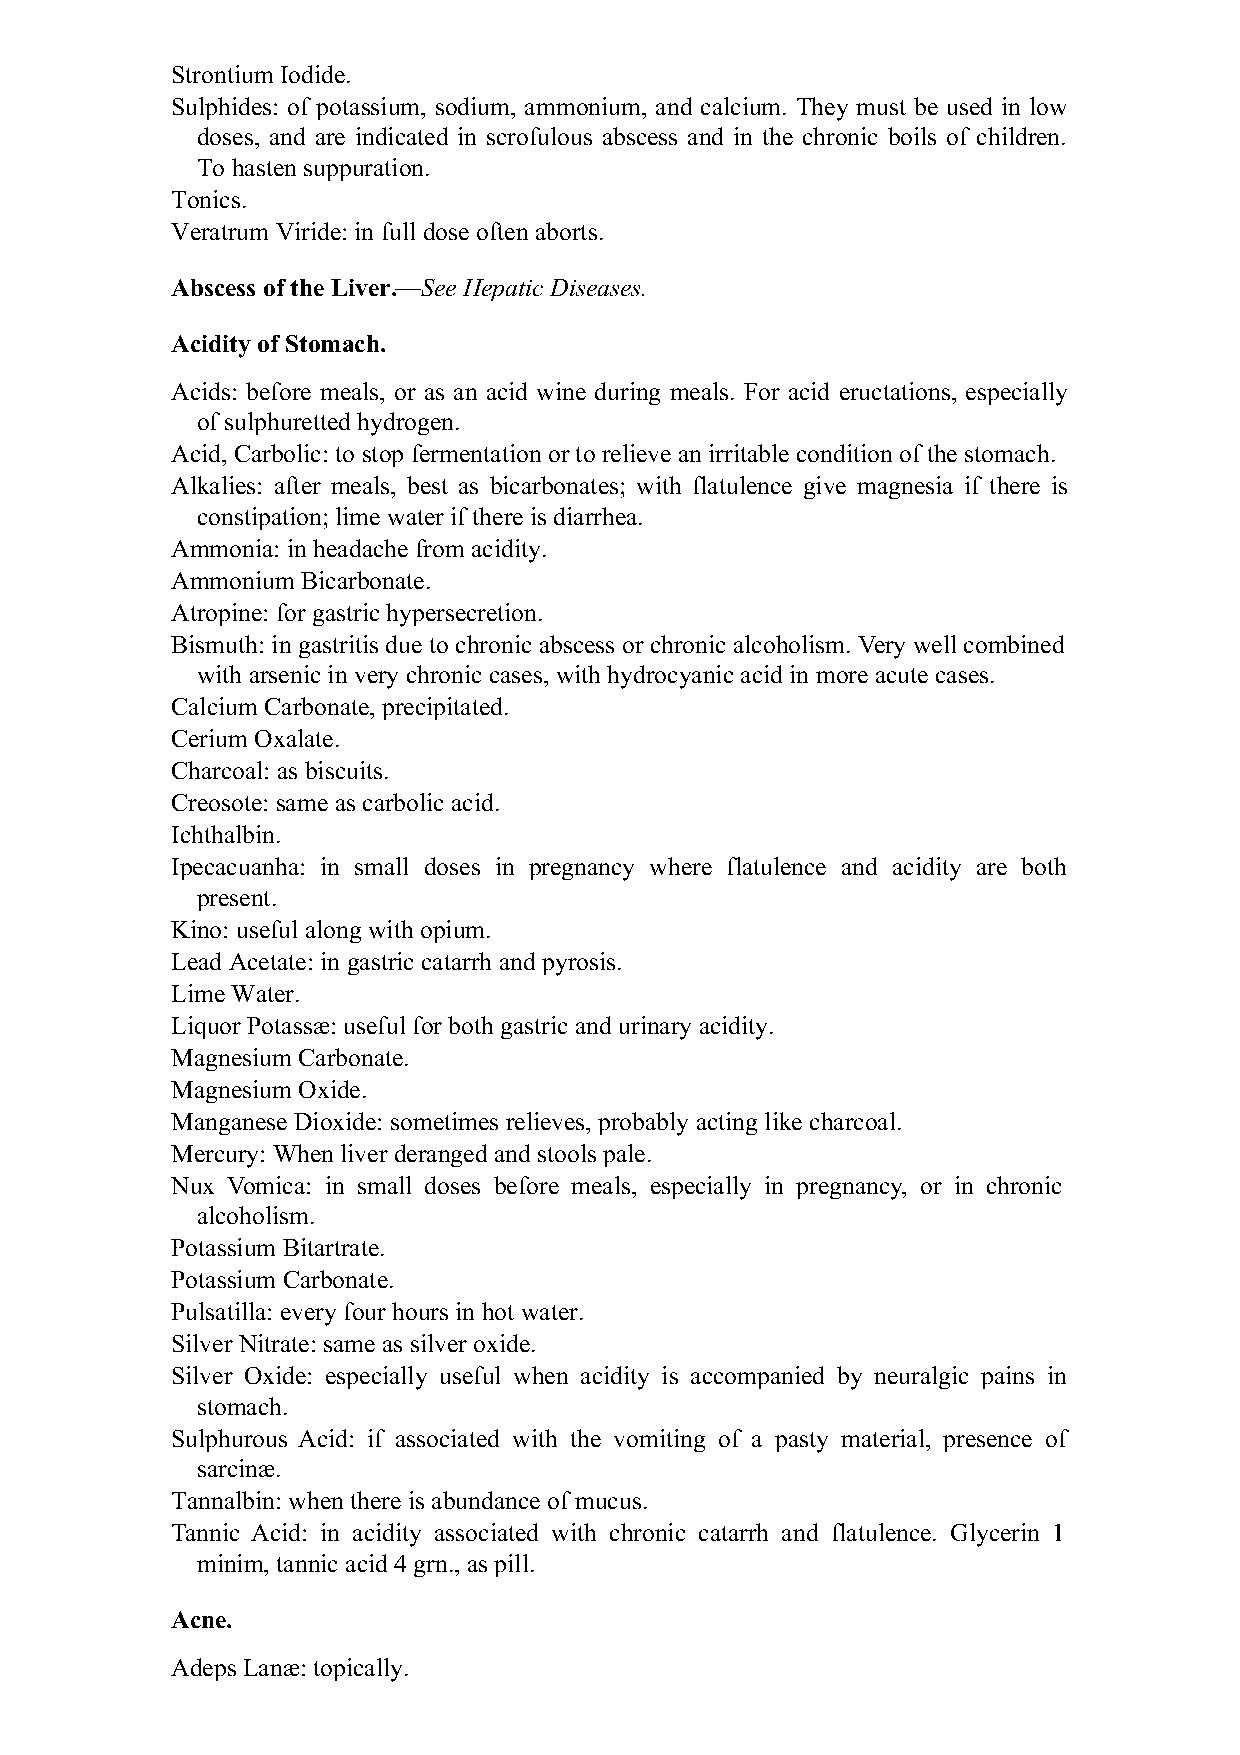
Strontium Iodide.
 Sulphides: of potassium, sodium, ammonium, and calcium. They must be used in low
 doses, and are indicated in scrofulous abscess and in the chronic boils of children.
 To hasten suppuration.
 Tonics.
 Veratrum Viride: in full dose often aborts.
 Abscess of the Liver.—See Hepatic Diseases.
 Acidity of Stomach.
 Acids: before meals, or as an acid wine during meals. For acid eructations, especially
 of sulphuretted hydrogen.
 Acid, Carbolic: to stop fermentation or to relieve an irritable condition of the stomach.
 Alkalies: after meals, best as bicarbonates; with flatulence give magnesia if there is
 constipation; lime water if there is diarrhea.
 Ammonia: in headache from acidity.
 Ammonium Bicarbonate.
 Atropine: for gastric hypersecretion.
 Bismuth: in gastritis due to chronic abscess or chronic alcoholism. Very well combined
 with arsenic in very chronic cases, with hydrocyanic acid in more acute cases.
 Calcium Carbonate, precipitated.
 Cerium Oxalate.
 Charcoal: as biscuits.
 Creosote: same as carbolic acid.
 Ichthalbin.
 Ipecacuanha: in small doses in pregnancy where flatulence and acidity are both
 present.
 Kino: useful along with opium.
 Lead Acetate: in gastric catarrh and pyrosis.
 Lime Water.
 Liquor Potassæ: useful for both gastric and urinary acidity.
 Magnesium Carbonate.
 Magnesium Oxide.
 Manganese Dioxide: sometimes relieves, probably acting like charcoal.
 Mercury: When liver deranged and stools pale.
 Nux Vomica: in small doses before meals, especially in pregnancy, or in chronic
 alcoholism.
 Potassium Bitartrate.
 Potassium Carbonate.
 Pulsatilla: every four hours in hot water.
 Silver Nitrate: same as silver oxide.
 Silver Oxide: especially useful when acidity is accompanied by neuralgic pains in
 stomach.
 Sulphurous Acid: if associated with the vomiting of a pasty material, presence of
 sarcinæ.
 Tannalbin: when there is abundance of mucus.
 Tannic Acid: in acidity associated with chronic catarrh and flatulence. Glycerin 1
 minim, tannic acid 4 grn., as pill.
 Acne.
 Adeps Lanæ: topically.